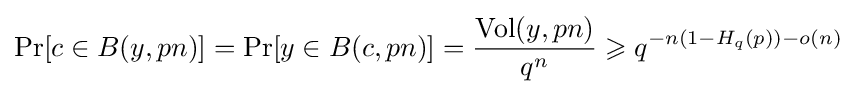
\Pr[c\in B(y,pn)]=\Pr[y\in B(c,pn)]={\frac {\mathrm {Vol} (y,pn)}{q^{n}}}\geqslant q^{-n(1-H_{q}(p))-o(n)}